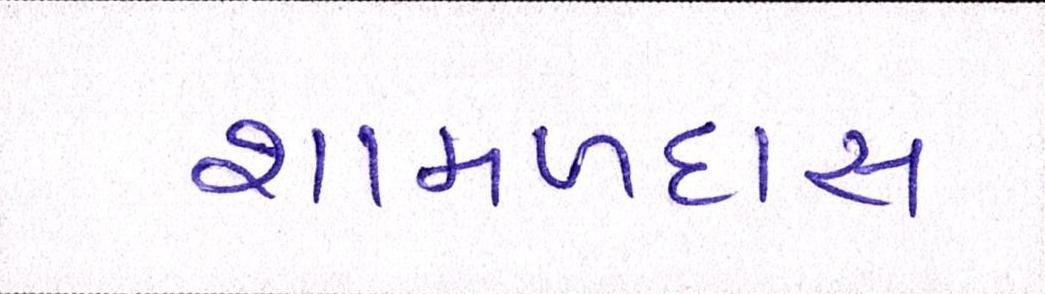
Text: શામળદાસ